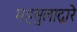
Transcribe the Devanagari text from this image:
महसुलाद्वारे